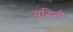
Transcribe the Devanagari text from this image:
यूगिनी